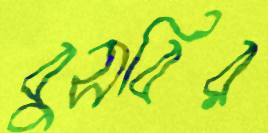
বুসবির